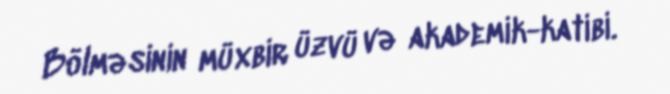
Bölməsinin müxbir üzvü və akademik-katibi.